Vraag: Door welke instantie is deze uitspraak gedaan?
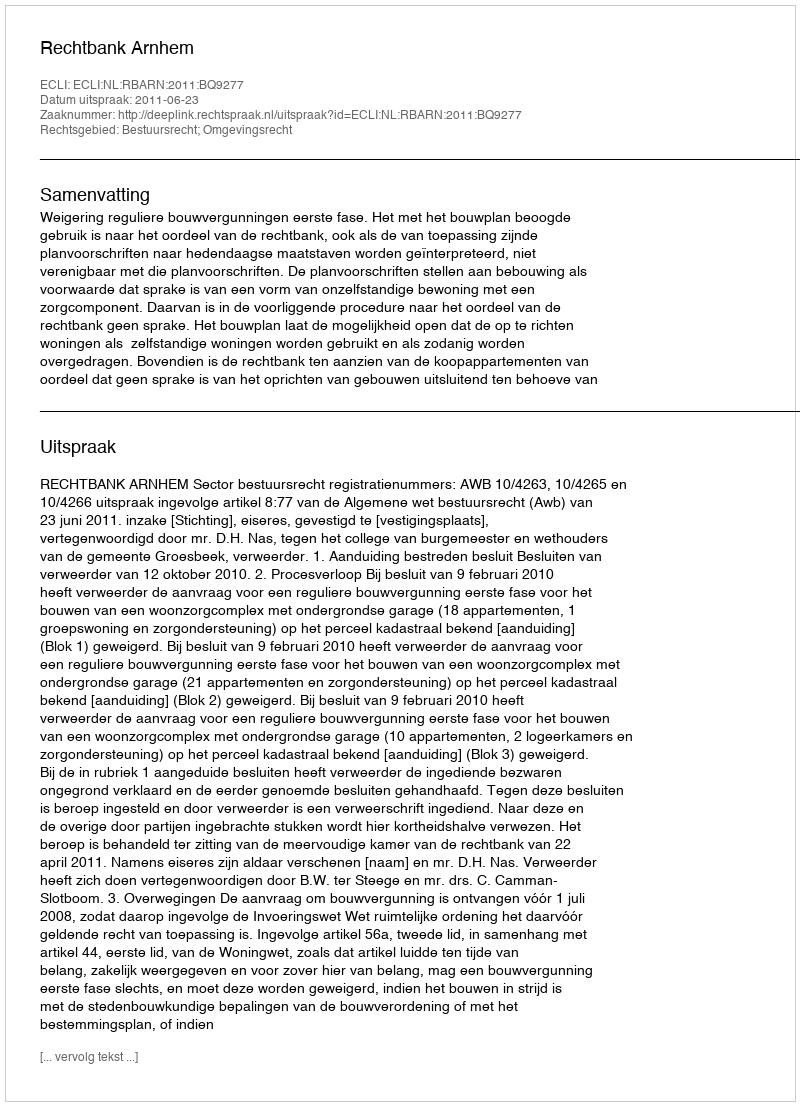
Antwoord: Rechtbank Arnhem